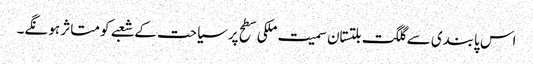
اس پابندی سے گلگت بلتستان سمیت ملکی سطح پرسیاحت کے شعبے کو متاثر ہو نگے۔